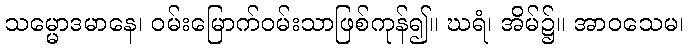
သမ္မောဒမာနေ၊ ဝမ်းမြောက်ဝမ်းသာဖြစ်ကုန်၍။ ဃရံ၊ အိမ်၌။ အာဝသေမ၊